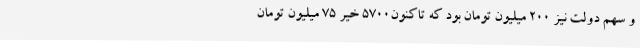
و سهم دولت نیز 200 میلیون تومان بود که تاکنون5700 خیر 75 میلیون تومان